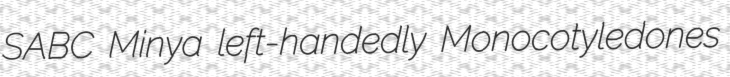
SABC Minya left-handedly Monocotyledones